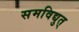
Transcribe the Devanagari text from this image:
समविद्युत्‌